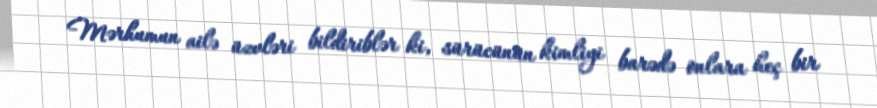
Mərhumun ailə üzvləri bildiriblər ki, sürücünün kimliyi barədə onlara heç bir